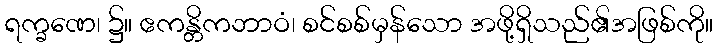
ရက္ခဏေ၊ ၌။ ဧကန္တိကဘာဝံ၊ စင်စစ်မှန်သော အဖို့ရှိသည်၏အဖြစ်ကို။